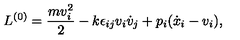
{ L } ^ { ( 0 ) } = \frac { m v _ { i } ^ { 2 } } { 2 } - k { \epsilon } _ { i j } v _ { i } \dot { v } _ { j } + p _ { i } ( \dot { x } _ { i } - v _ { i } ) ,